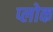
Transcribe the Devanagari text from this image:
प्लोक